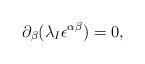
LaTeX: \begin{align*}\partial _{\beta }(\lambda _{I}\epsilon ^{\alpha \beta })=0, \end{align*}